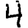
Digit: 4